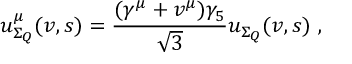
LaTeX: u _ { \Sigma _ { Q } } ^ { \mu } ( v , s ) = \frac { ( \gamma ^ { \mu } + v ^ { \mu } ) \gamma _ { 5 } } { \sqrt { 3 } } u _ { \Sigma _ { Q } } ( v , s ) ~ ,